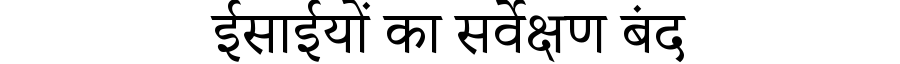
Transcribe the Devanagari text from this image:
ईसाईयों का सर्वेक्षण बंद